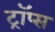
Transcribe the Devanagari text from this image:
ट्रॉप्स